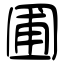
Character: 圃